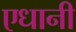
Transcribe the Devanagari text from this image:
एधानी